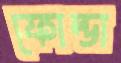
ফোল্ডা